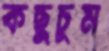
কছুচুম